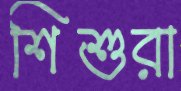
শিশুরা